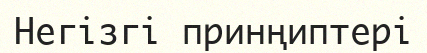
Негізгі принңиптері